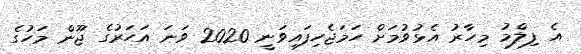
އެ ފިލްމު މިހާރު އެޅުވުމަށް ހަމަޖެހިފައިވަނީ 2020 ވަނަ އަހަރުގެ ޖޫން މަހުގެ